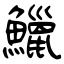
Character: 鱲